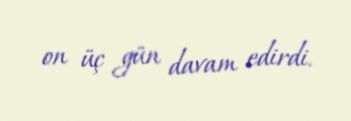
on üç gün davam edirdi.